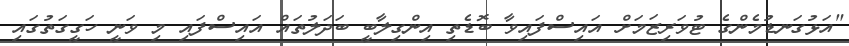
"އަޅުގަނޑުމެންގެ ޓުވަރިޒަމަށް އައިސްފައިވާ ބޮޑެތި އިންގިލާބީ ބަދަލުތައް އައިސްފައި މި ވަނީ ހަގީގަތުގައި